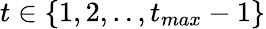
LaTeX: t\in\{ 1,2,..,t_{max}-1\}